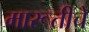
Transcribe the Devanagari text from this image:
मारूतीचे